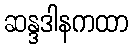
ဆန္ဒဒါနကထာ